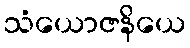
သံယောဇနိယေ